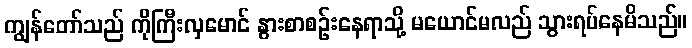
ကျွန်တော်သည် ကိုကြီးလှမောင် နွားစာစဉ်းနေရာသို့ မယောင်မလည် သွားရပ်နေမိသည်။